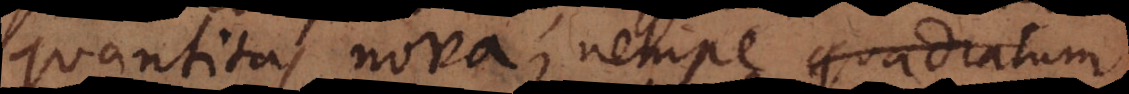
quantitas nova, nempe quadratum